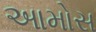
આમોસ